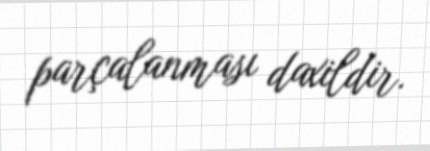
parçalanması daxildir.